Indian journal of veterinary science and animal husbandry - Volume 12,
Year: 1942
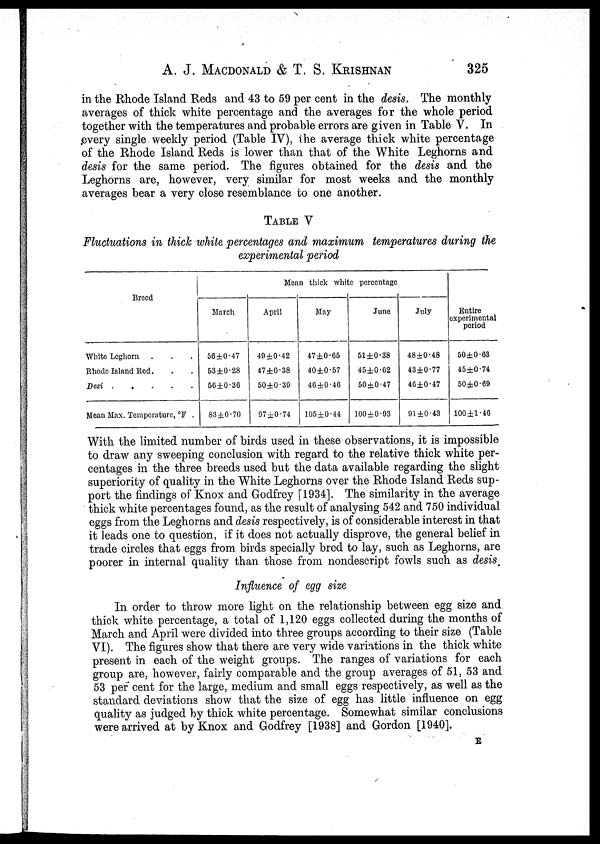
A. J. MACDONALD & T. S. KRISHNAN 325
in the Rhode Island Reds and 43 to 59 per cent in the desis. The monthly
averages of thick white percentage and the averages for the whole period
together with the temperatures and probable errors are given in Table V. In
every single weekly period (Table IV), the average thick white percentage
of the Rhode Island Reds is lower than that of the White Leghorns and
desis for the same period. The figures obtained for the desis and the
Leghorns are, however, very similar for most weeks and the monthly
averages bear a very close resemblance to one another.
TABLE V
Fluctuations in thick white percentages and maximum temperatures during the
experimental period
Breed
White Leghorn . . .
Rhode Island Red. . .
Desi . . . . .
Mean Max. Temperature, °F .
Mean thick white, percentage
March
56±0.47
53±0.28
56±0.36
83±0.70
April
49±0.42
47±0.38
50±0.39
97±0.74
May
47±0.65
40±0.57
46±0.46
105±0.44
June
51±0.38
45±0.62
50±0.47
100±0.93
July
48±0.48
43±0.77
46±0.47
91±0.43
Entire
experimental
period
50±0.63
45±0.74
50±0.69
100±l.46
With the limited number of birds used in these observations, it is impossible
to draw any sweeping conclusion with regard to the relative thick white per-
centages in the three breeds used but the data available regarding the slight
superiority of quality in the White Leghorns over the Rhode Island Reds sup-
port the findings of Knox and Godfrey [1934]. The similarity in the average
thick white percentages found, as the result of analysing 542 and 750 individual
eggs from the Leghorns and desis respectively, is of considerable interest in that
it leads one to question, if it does not actually disprove, the general belief in
trade circles that eggs from birds specially bred to lay, such as Leghorns, are
poorer in internal quality than those from nondescript fowls such as desis.
Influence of egg size
In order to throw more light on the relationship between egg size and
thick white percentage, a total of 1,120 eggs collected during the months of
March and April were divided into three groups according to their size (Table
VI). The figures show that there are very wide variations in the thick white
present in each of the weight groups. The ranges of variations for each
group are, however, fairly comparable and the group averages of 51, 53 and
53 per cent for the large, medium and small eggs respectively, as well as the
standard deviations show that the size of egg has little influence on egg
quality as judged by thick white percentage. Somewhat similar conclusions
were arrived at by Knox and Godfrey [1938] and Gordon [1940].
E